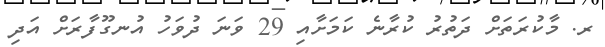
ރ. މާކުރަތަށް ދަތުރު ކުރާނެ ކަމަށާއި 29 ވަނަ ދުވަހު އުނގޫފާރަށް އަދި